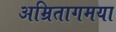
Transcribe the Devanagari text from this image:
अम्रितागमया